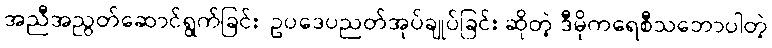
အညီအညွတ်ဆောင်ရွက်ခြင်း၊ ဥပဒေပညတ်အုပ်ချုပ်ခြင်း ဆိုတဲ့ ဒီမိုကရေစီသဘောပါတဲ့